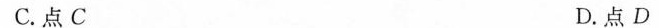
C.点C D.点D